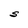
Character: S